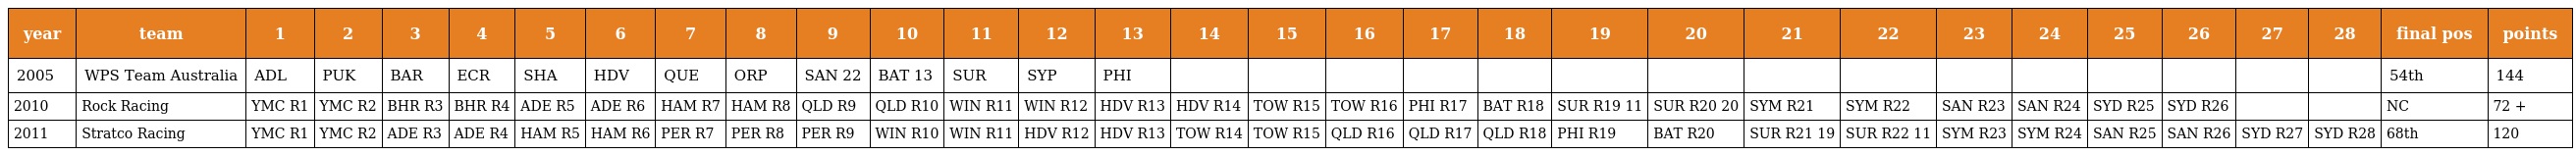
| year | team | 1 | 2 | 3 | 4 | 5 | 6 | 7 | 8 | 9 | 10 | 11 | 12 | 13 | 14 | 15 | 16 | 17 | 18 | 19 | 20 | 21 | 22 | 23 | 24 | 25 | 26 | 27 | 28 | final pos | points |
 | --- | --- | --- | --- | --- | --- | --- | --- | --- | --- | --- | --- | --- | --- | --- | --- | --- | --- | --- | --- | --- | --- | --- | --- | --- | --- | --- | --- | --- | --- | --- | --- |
 | 2005 | WPS Team Australia | ADL | PUK | BAR | ECR | SHA | HDV | QUE | ORP | SAN 22 | BAT 13 | SUR | SYP | PHI |  |  |  |  |  |  |  |  |  |  |  |  |  |  |  | 54th | 144 |
 | 2010 | Rock Racing | YMC R1 | YMC R2 | BHR R3 | BHR R4 | ADE R5 | ADE R6 | HAM R7 | HAM R8 | QLD R9 | QLD R10 | WIN R11 | WIN R12 | HDV R13 | HDV R14 | TOW R15 | TOW R16 | PHI R17 | BAT R18 | SUR R19 11 | SUR R20 20 | SYM R21 | SYM R22 | SAN R23 | SAN R24 | SYD R25 | SYD R26 |  |  | NC | 72 + |
 | 2011 | Stratco Racing | YMC R1 | YMC R2 | ADE R3 | ADE R4 | HAM R5 | HAM R6 | PER R7 | PER R8 | PER R9 | WIN R10 | WIN R11 | HDV R12 | HDV R13 | TOW R14 | TOW R15 | QLD R16 | QLD R17 | QLD R18 | PHI R19 | BAT R20 | SUR R21 19 | SUR R22 11 | SYM R23 | SYM R24 | SAN R25 | SAN R26 | SYD R27 | SYD R28 | 68th | 120 |